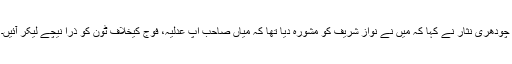
چودھری نثار نے کہا کہ میں نے نواز شریف کو مشورہ دیا تھا کہ میاں صاحب آپ عدلیہ، فوج کیخلاف ٹون کو ذرا نیچے لیکر آئیں۔